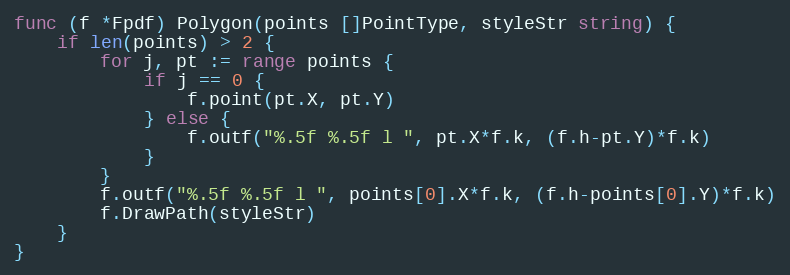
Language: Go
func (f *Fpdf) Polygon(points []PointType, styleStr string) {
	if len(points) > 2 {
		for j, pt := range points {
			if j == 0 {
				f.point(pt.X, pt.Y)
			} else {
				f.outf("%.5f %.5f l ", pt.X*f.k, (f.h-pt.Y)*f.k)
			}
		}
		f.outf("%.5f %.5f l ", points[0].X*f.k, (f.h-points[0].Y)*f.k)
		f.DrawPath(styleStr)
	}
}